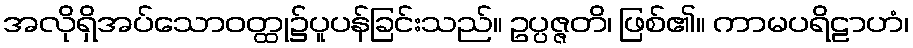
အလိုရှိအပ်သောဝတ္ထု၌ပူပန်ခြင်းသည်။ ဥပ္ပဇ္ဇတိ၊ ဖြစ်၏။ ကာမပရိဠာဟံ၊